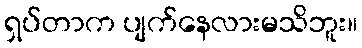
ရှပ်တာက ပျက်နေလားမသိဘူး။